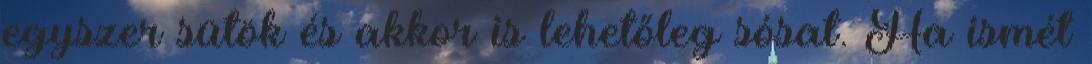
egyszer sütök és akkor is lehetőleg sósat. Ha ismét